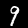
Label: 9